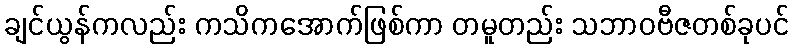
ချင်ယွန်ကလည်း ကသိကအောက်ဖြစ်ကာ တမူတည်း သဘာဝဗီဇတစ်ခုပင်